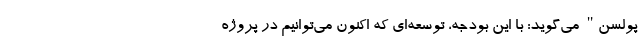
پولسن" می‌گوید: با این بودجه، توسعه‌ای که اکنون می‌توانیم در پروژه